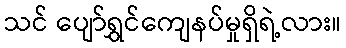
သင် ပျော်ရွှင်ကျေနပ်မှုရှိရဲ့လား။